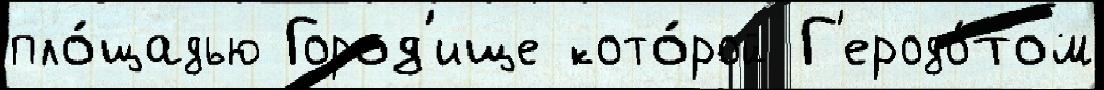
пло́щадью Город'ище кото́рой Г'еродо́том